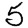
Digit: 5